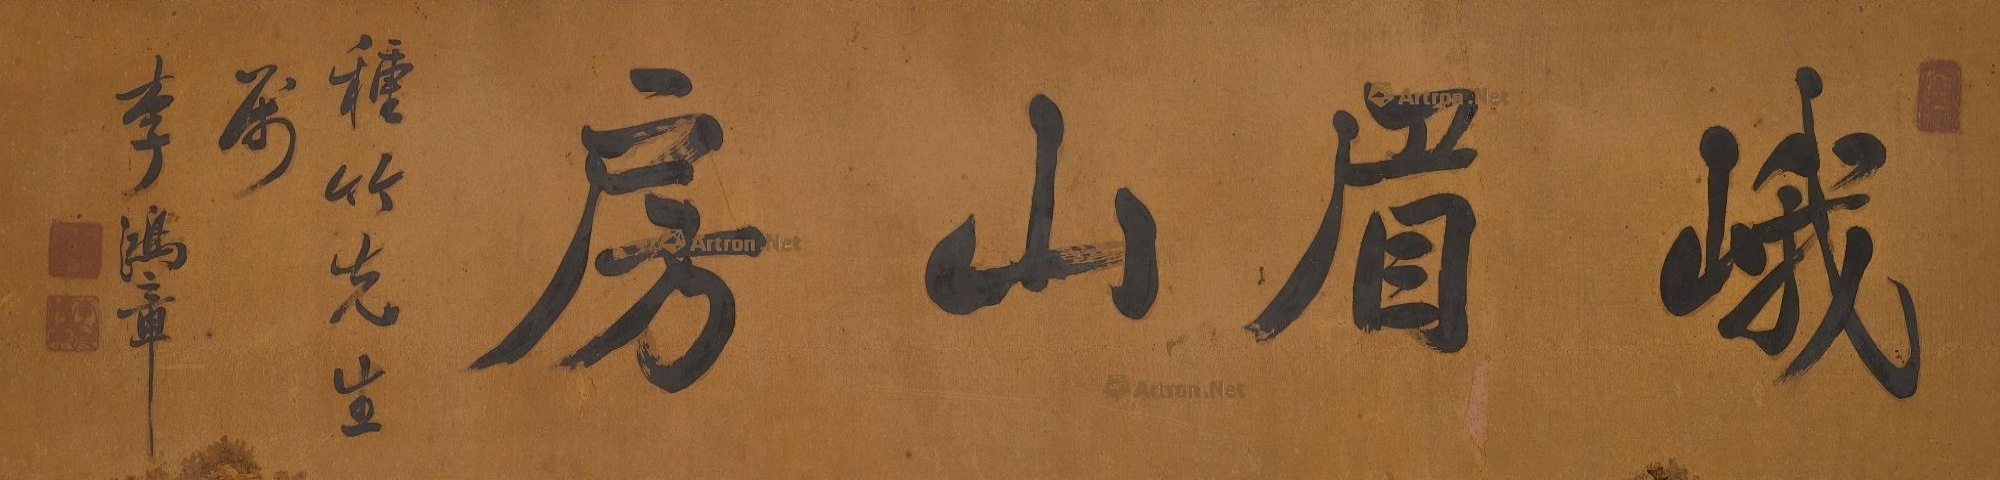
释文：峨眉山房。种竹先生属，李鸿章。